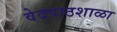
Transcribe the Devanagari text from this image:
वेदपाठशाळा